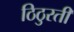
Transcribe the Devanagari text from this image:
ठिठुरती